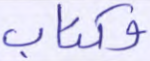
وكتاب